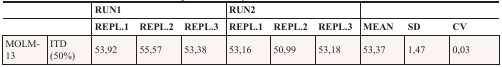
| <COLSPAN=2>  | <COLSPAN=3> RUN1 | <COLSPAN=3> RUN2 | <COLSPAN=3>  |
 |  |  | REPL.1 | REPL.2 | REPL.3 | REPL.1 | REPL.2 | REPL.3 | MEAN | SD | CV |
 | --- | --- | --- | --- | --- | --- | --- | --- | --- | --- | --- |
 | MOLM-13 | ITD (50%) | 53,92 | 55,57 | 53,38 | 53,16 | 50,99 | 53,18 | 53,37 | 1,47 | 0,03 |